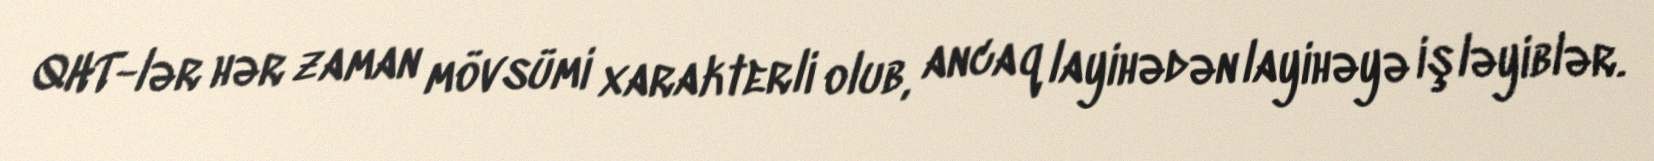
QHT-lər hər zaman mövsümi xarakterli olub, ancaq layihədən layihəyə işləyiblər.